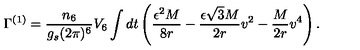
\Gamma ^ { ( 1 ) } = \frac { n _ { 6 } } { g _ { s } ( 2 \pi ) ^ { 6 } } V _ { 6 } \int d t \left( \frac { \epsilon ^ { 2 } M } { 8 r } - \frac { \epsilon \sqrt { 3 } M } { 2 r } v ^ { 2 } - \frac { M } { 2 r } v ^ { 4 } \right) .